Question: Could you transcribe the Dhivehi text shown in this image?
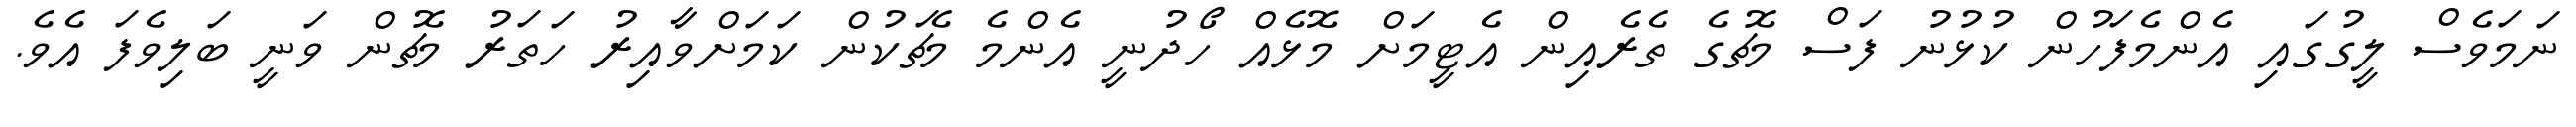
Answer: ނަމަވެސް ލީގުގައި އެންމެފަހުން ކުޅުނު ފަސް މެޗުގެ ތެރެއިން އެޓީމަށް މޮޅެއް ހޯދުނީ އެންމެ މެޗަކުން ކަމަށްވާއިރު ހަތަރު މެޗުން ވަނީ ބަލިވެފަ އެވެ.